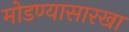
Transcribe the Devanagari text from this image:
मोडण्यासारखा